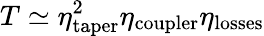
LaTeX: T\simeq\eta_{\mathrm{taper}}^{2}\eta_{\mathrm{coupler}}\eta_{\mathrm{losses}}